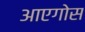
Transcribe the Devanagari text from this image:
आएगोस